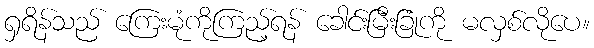
ရှရိန်သည် ကြေးမုံကိုကြည့်ရန် ခေါင်းမြီးခြုံကို မလှစ်လိုပေ။